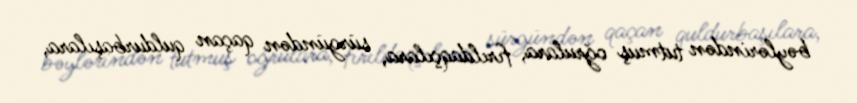
bəylərindən tutmuş oğrulara, fırıldaqçılara, sürgündən qaçan quldurbaşılara,